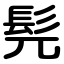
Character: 髡